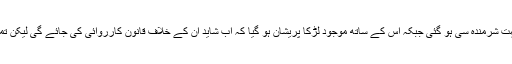
جب اس جوڑے نے ہمیں اس طرح ٹوائلٹ کے باہر دوریہ قطار بنائے دیکھا تو لڑکی بہت شرمندہ سی ہو گئی جبکہ اس کے ساتھ موجود لڑکا پریشان ہو گیا کہ اب شاید ان کے خلاف قانون کارروائی کی جائے گی لیکن تمام عملہ ان کو ’گارڈ آف آنر ‘ دینے کے بعد چپ چاپ اپنے معمول کے کام میں لگ گیا۔